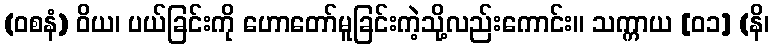
(ဝစနံ) ဝိယ၊ ပယ်ခြင်းကို ဟောတော်မူခြင်းကဲ့သို့လည်းကောင်း။ သက္ကာယ [၀၁] (နိ၊